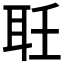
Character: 𦔽